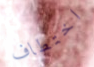
اختطاف